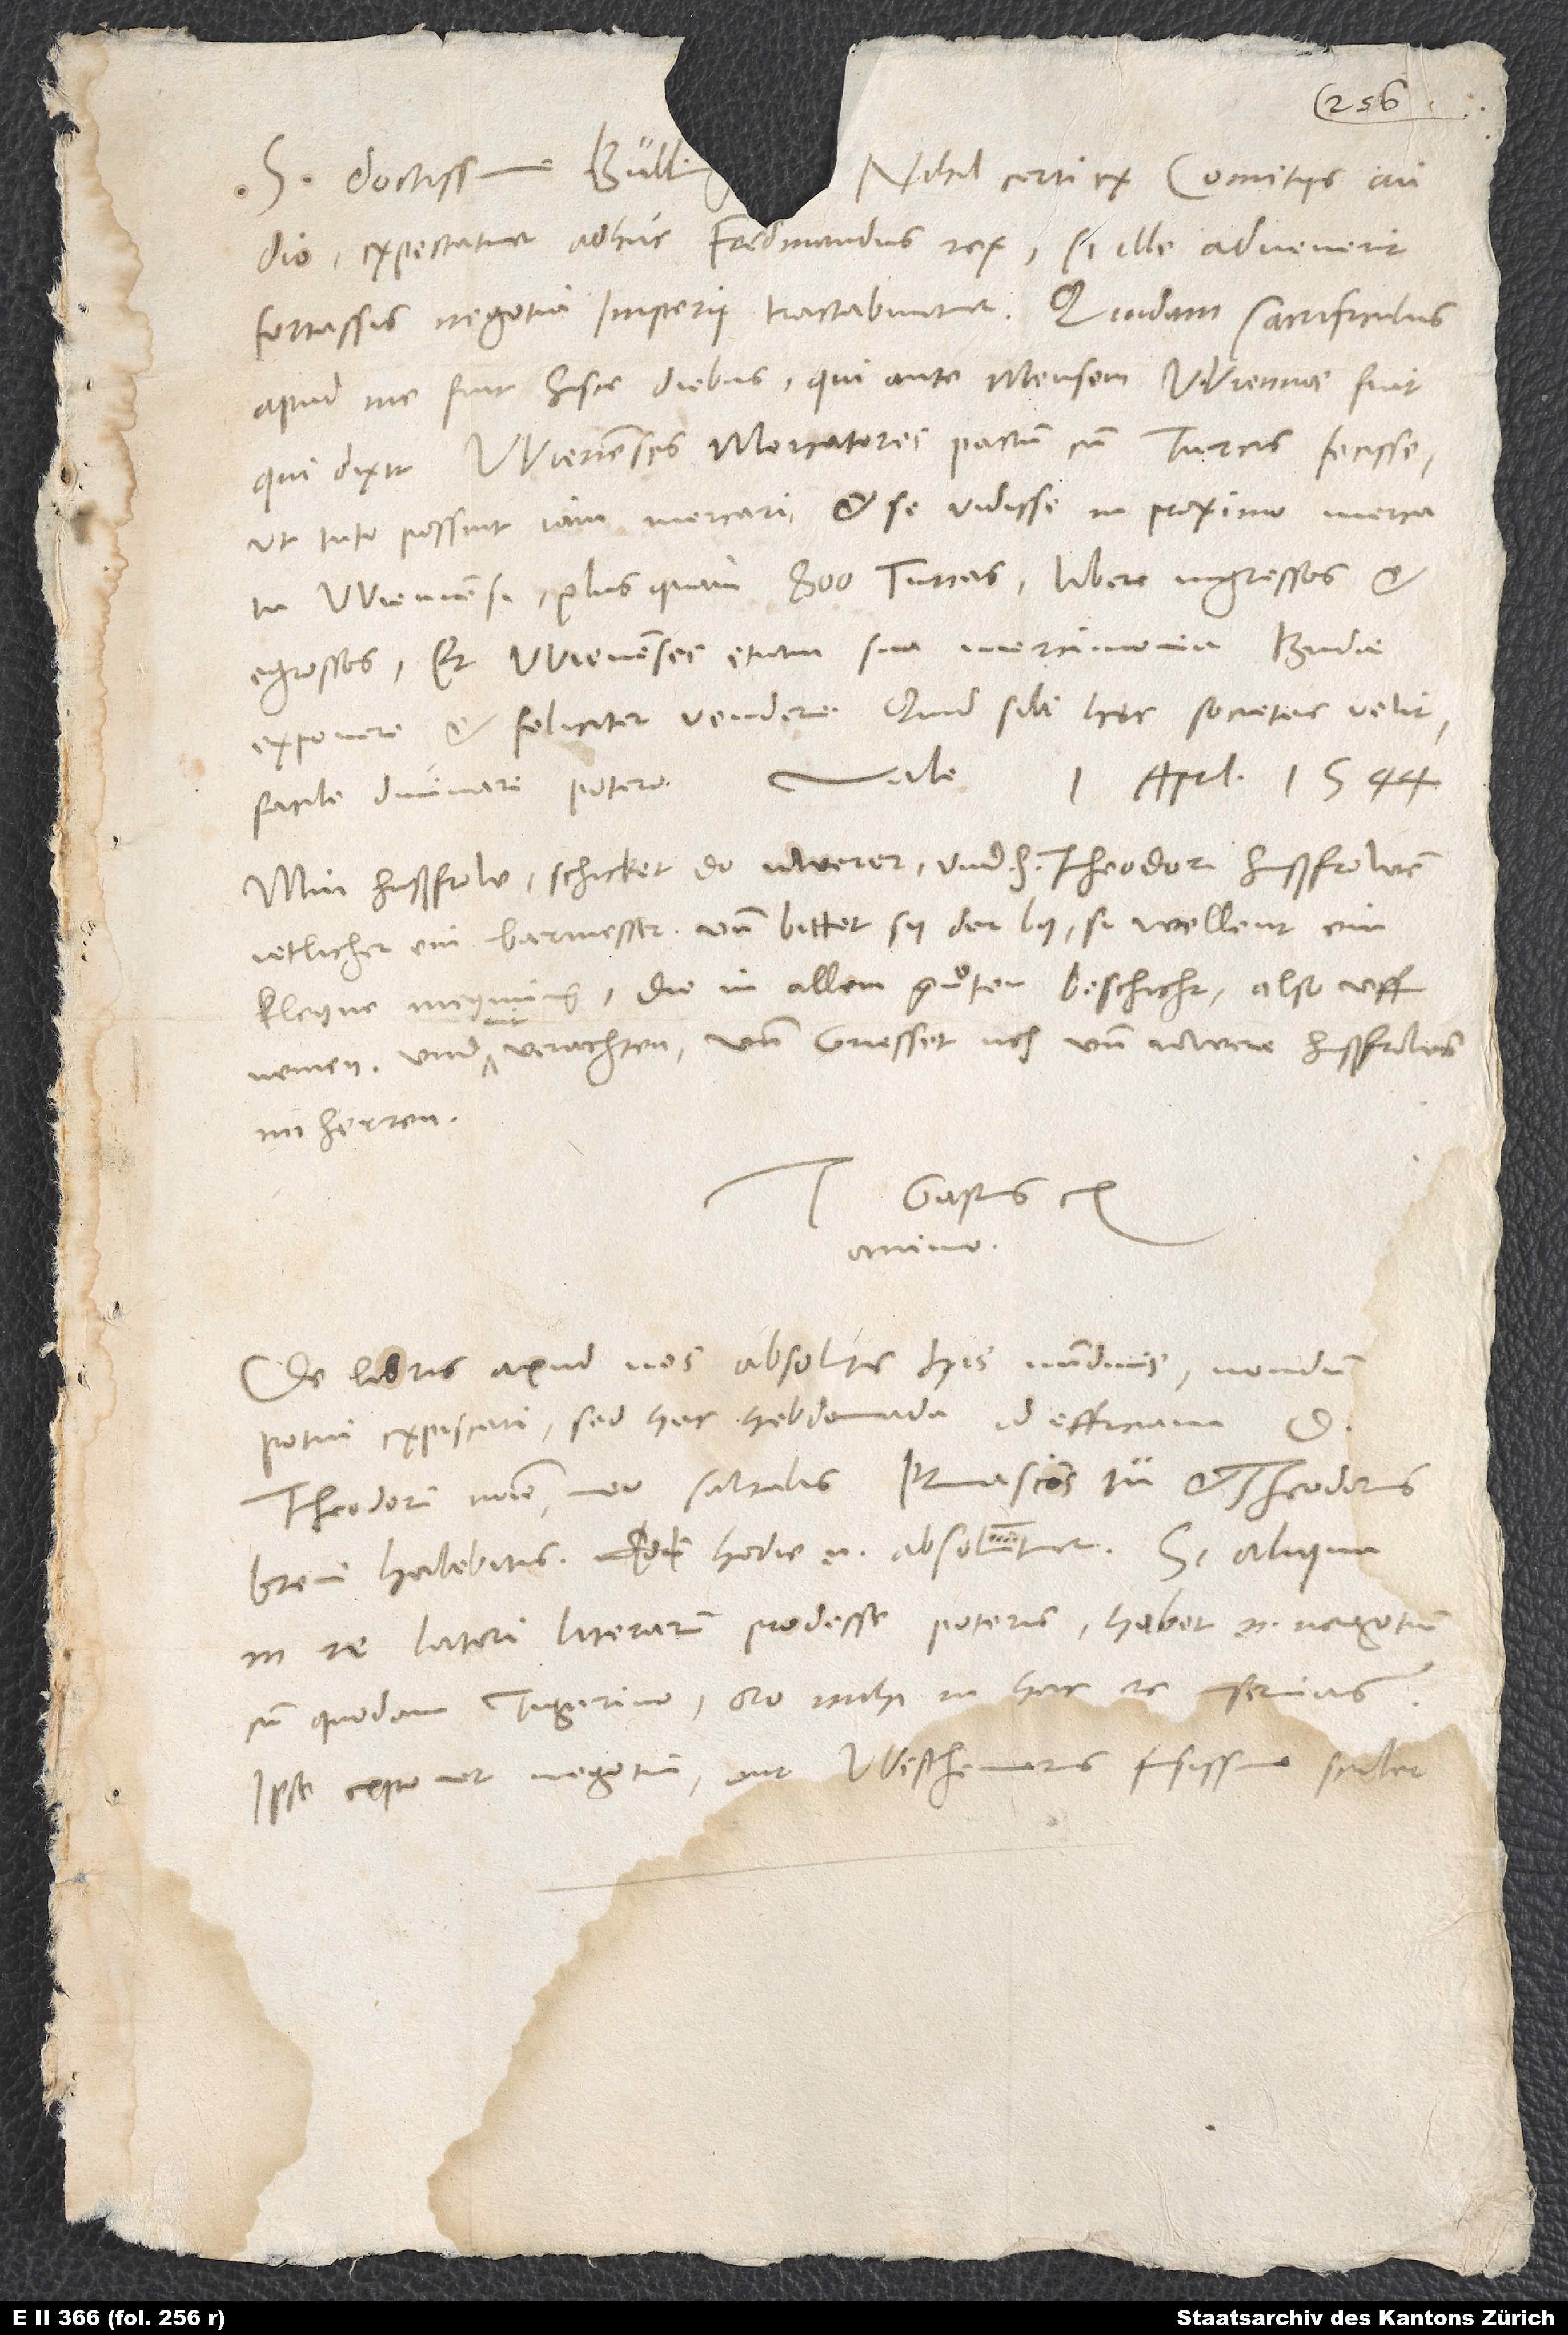
1.
S. Doctissime Bulling.
Nihil certi ex comitiis audio.
Expectatur adhuc Ferdinandus rex. Si ille advenerit,
fortassis negotia imperii tractabuntur. Quidam sacrificulus
apud me fuit hisce diebus, qui ante mensem Wiennae fuit,
qui dixit Wienenses mercatores pactum cum Turcis fecisse,
ut tuto possint iam mercari, et se vidisse in proximo mercatu
Wiennensi plus quam 800 Turcas libere ingressos et
egressos, et Wienenses etiam sua mercimonia Budae
exponere et feliciter vendere. Quid sibi hęc societas velit,
Min hußfrow schicket do uwerer und h Theodori hußfrowen
jetlicher ein barmesser und bittet sy der by, si wellent ein
kleyne meynung, die in allem guͦten beschicht, also uff
nemen und nit verachten, und griesset uch und uwere hußfrowen
im herren.
Gastius ex
animo.
De libris apud nos absolutis his nundinis nondum
potui expiscari; sed hac hebdomada id efficiam. D.
Theodorum nomine meo salutabis. Primasium tu et Theodorus
brevi habebitis; hodie enim absolvitur.
in re latori literarum prodesse poteris - habet enim negotium
cum quodam Tigurino -, oro, mihi in hac re inservias.
Ipse exponet negotium, aut Westhemerus fusissime scribet.